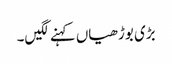
بڑی بوڑھیاں کہنے لگیں۔